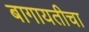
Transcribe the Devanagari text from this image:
बागायतीचा